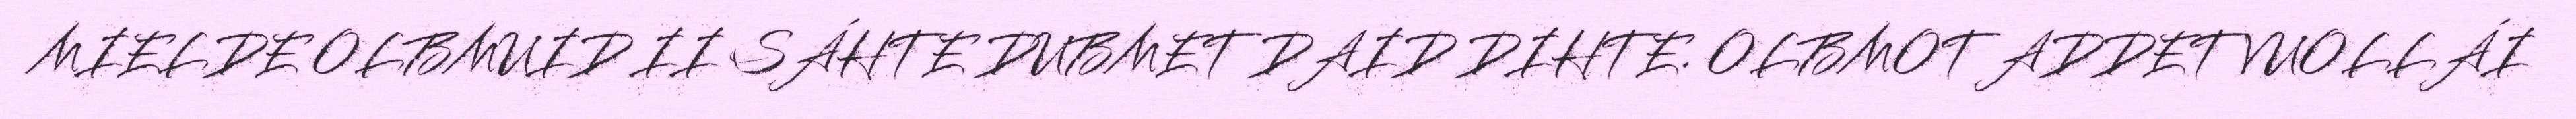
MIELDE OLBMUID II SÁHTE DUBMET DAID DIHTE. OLBMOT ADDET VUOLLÁI